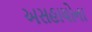
અસહાયોના